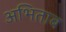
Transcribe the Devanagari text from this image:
अभिताब